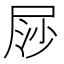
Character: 𡱳